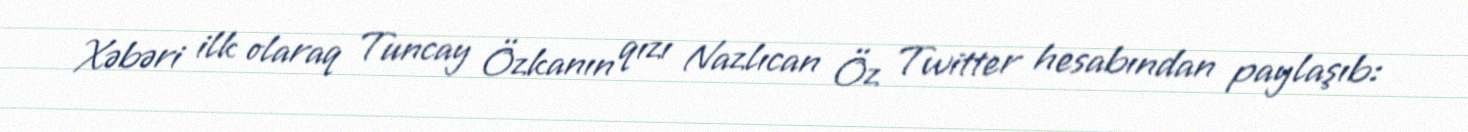
Xəbəri ilk olaraq Tuncay Özkanın qızı Nazlıcan Öz Twitter hesabından paylaşıb: